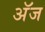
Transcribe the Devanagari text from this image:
अॅज